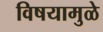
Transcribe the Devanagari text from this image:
विषयामुळे